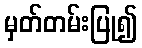
မှတ်တမ်းပြု၍